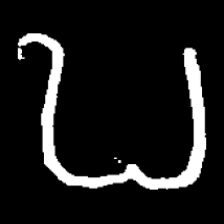
Pyu character \u2014 Myanmar letter: ဎ (romanized: ddha)